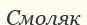
Смоляк